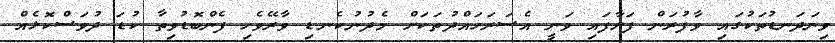
ވިނަދަނޑުތަކުގައި ވާފުރަން ފަށާފައި ވަނީ އެސަރަހައްދުތަކަށް މެދުނުކެނޑި ވާރޭވެހި ފެންބޮޑުވިތާ ކުޑަ ދުވަސްކޮޅެއް